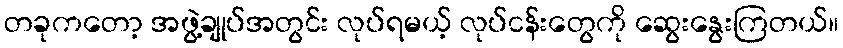
တခုကတော့ အဖွဲ့ချုပ်အတွင်း လုပ်ရမယ့် လုပ်ငန်းတွေကို ဆွေးနွေးကြတယ်။